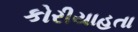
કોરીયાહતા